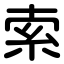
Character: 索